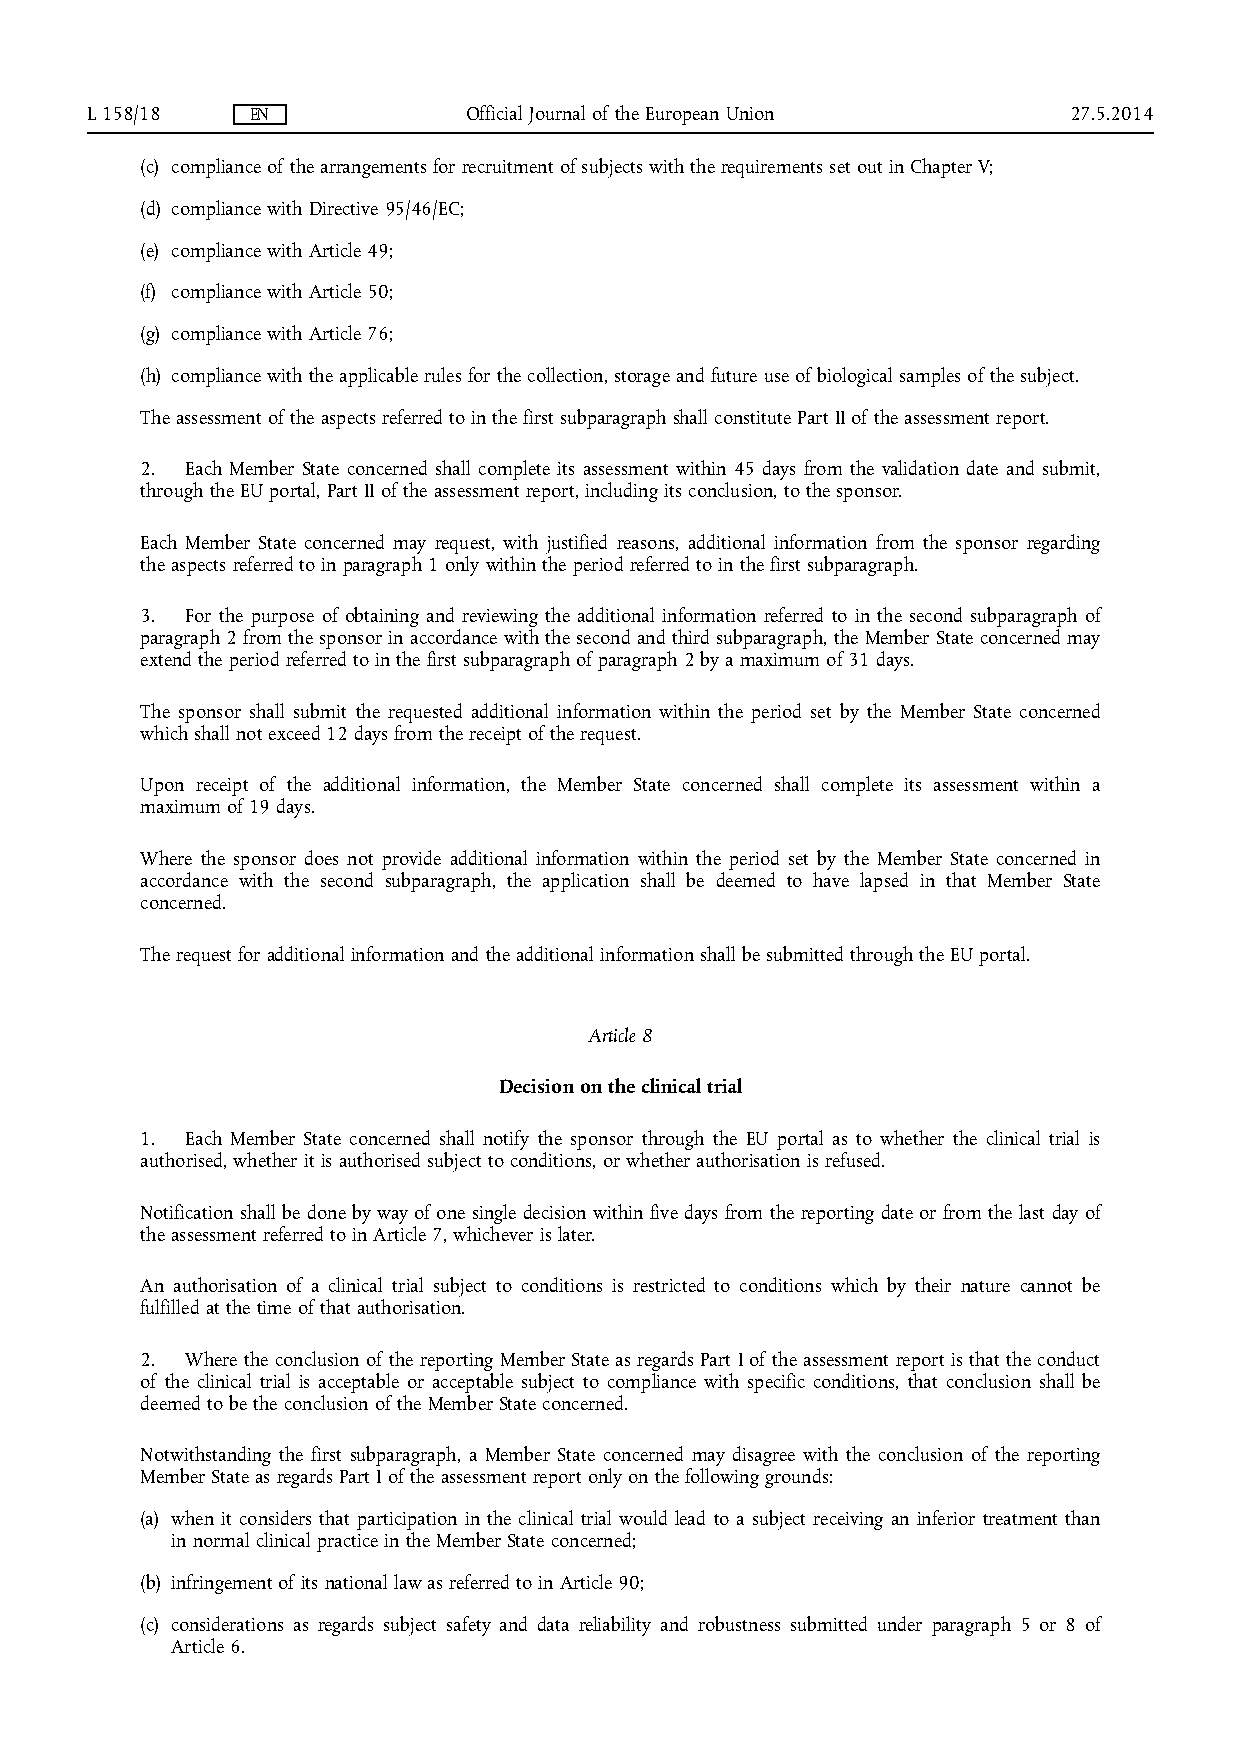
L 158/18   EN            Official Journal of the European Union  27.5.2014
 (c) compliance of the arrangements for recruitment of subjects with the requirements set out in Chapter V;
 (d) compliance with Directive 95/46/EC;
 (e) compliance with Article 49;
 (f) compliance with Article 50;
 (g) compliance with Article 76;
 (h) compliance with the applicable rules for the collection, storage and future use of biological samples of the subject.
 The assessment of the aspects referred to in the first subparagraph shall constitute Part II of the assessment report.
 2. Each Member State concerned shall complete its assessment within 45 days from the validation date and submit,
 through the EU portal, Part II of the assessment report, including its conclusion, to the sponsor.
 Each Member State concerned may request, with justified reasons, additional information from the sponsor regarding
 the aspects referred to in paragraph 1 only within the period referred to in the first subparagraph.
 3. For the purpose of obtaining and reviewing the additional information referred to in the second subparagraph of
 paragraph 2 from the sponsor in accordance with the second and third subparagraph, the Member State concerned may
 extend the period referred to in the first subparagraph of paragraph 2 by a maximum of 31 days.
 The sponsor shall submit the requested additional information within the period set by the Member State concerned
 which shall not exceed 12 days from the receipt of the request.
 Upon receipt of the additional information, the Member State concerned shall complete its assessment within a
 maximum of 19 days.
 Where the sponsor does not provide additional information within the period set by the Member State concerned in
 accordance with the second subparagraph, the application shall be deemed to have lapsed in that Member State
 concerned.
 The request for additional information and the additional information shall be submitted through the EU portal.
 Article 8
 Decision on the clinical trial
 1. Each Member State concerned shall notify the sponsor through the EU portal as to whether the clinical trial is
 authorised, whether it is authorised subject to conditions, or whether authorisation is refused.
 Notification shall be done by way of one single decision within five days from the reporting date or from the last day of
 the assessment referred to in Article 7, whichever is later.
 An authorisation of a clinical trial subject to conditions is restricted to conditions which by their nature cannot be
 fulfilled at the time of that authorisation.
 2. Where the conclusion of the reporting Member State as regards Part I of the assessment report is that the conduct
 of the clinical trial is acceptable or acceptable subject to compliance with specific conditions, that conclusion shall be
 deemed to be the conclusion of the Member State concerned.
 Notwithstanding the first subparagraph, a Member State concerned may disagree with the conclusion of the reporting
 Member State as regards Part I of the assessment report only on the following grounds:
 (a) when it considers that participation in the clinical trial would lead to a subject receiving an inferior treatment than
 in normal clinical practice in the Member State concerned;
 (b) infringement of its national law as referred to in Article 90;
 (c) considerations as regards subject safety and data reliability and robustness submitted under paragraph 5 or 8 of
 Article 6.